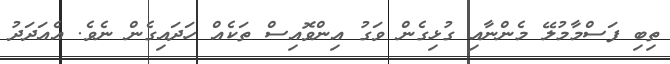
ތިބި ފަސްމާމުލޭ މެންނާއި ގުޅިގެން ވަގު އިންވޮއިސް ތަކެއް ހަދައިގެން ނެވެ. އެއަދަދު